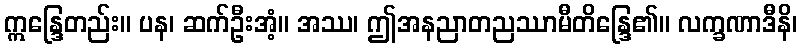
ဣန္ဒြေတည်း။ ပန၊ ဆက်ဦးအံ့။ အဿ၊ ဤအနညာတညဿာမီတိန္ဒြေ၏။ လက္ခဏာဒီနိ၊